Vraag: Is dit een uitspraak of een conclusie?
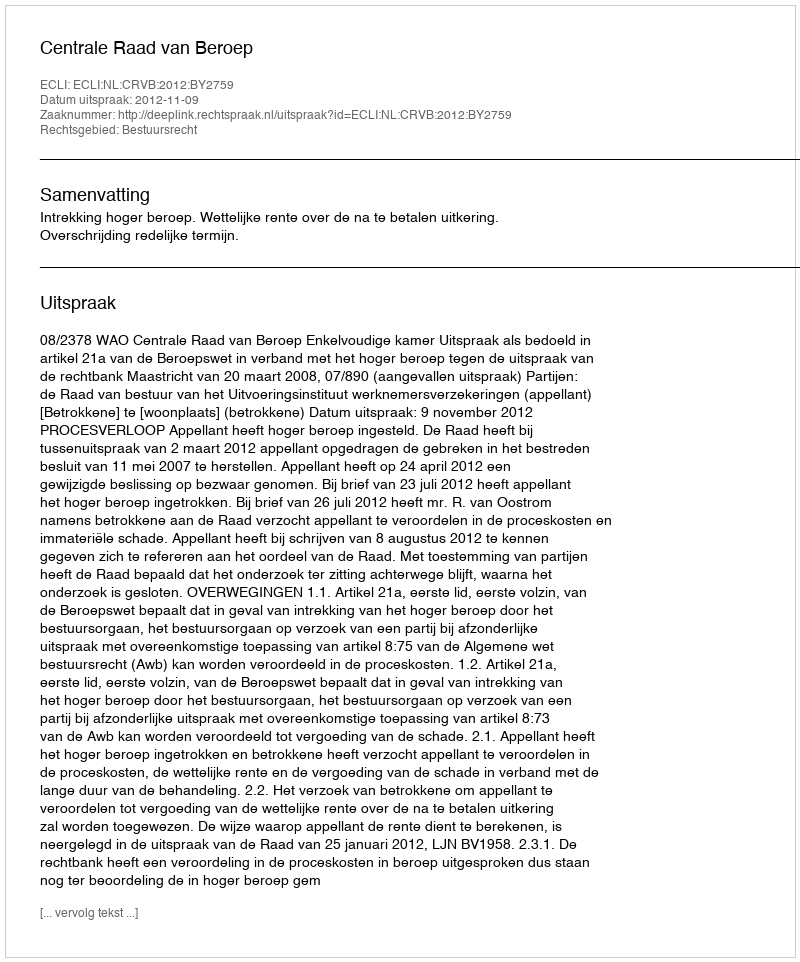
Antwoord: Uitspraak